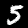
Label: 5